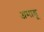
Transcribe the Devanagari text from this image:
अमाडू